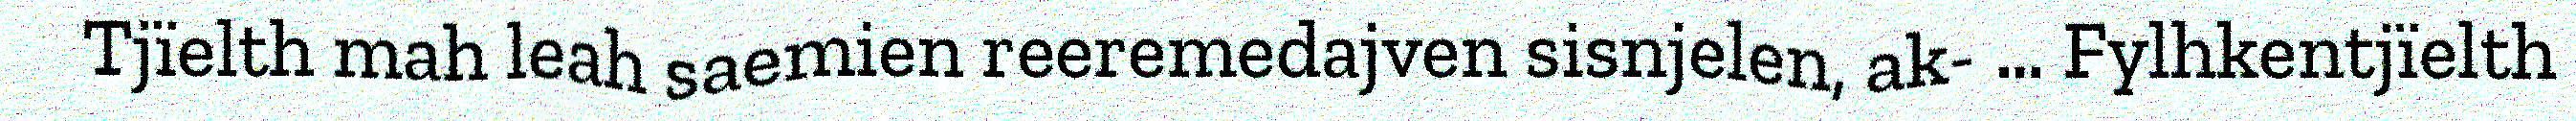
Tjïelth mah leah saemien reeremedajven sisnjelen, ak- … Fylhkentjïelth